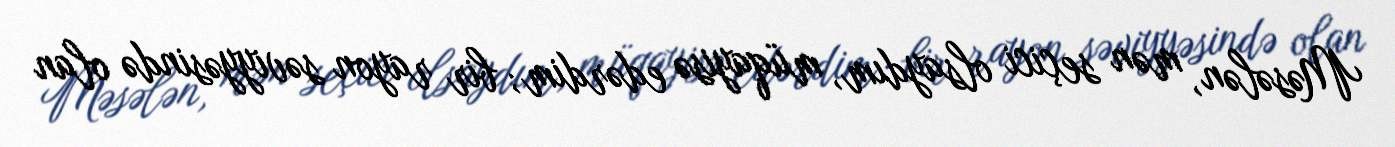
Məsələn, mən seçici olsaydım, müqayisə edərdim; bir rayon səviyyəsində olan